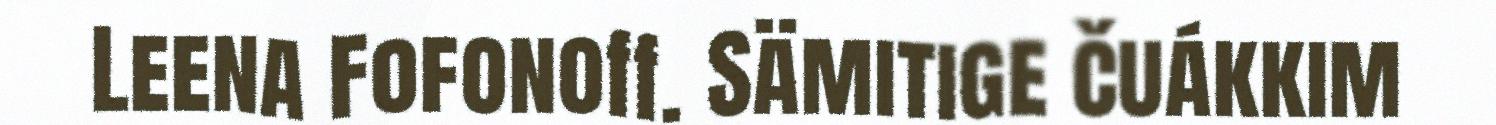
Leena Fofonoff. Sämitige čuákkim